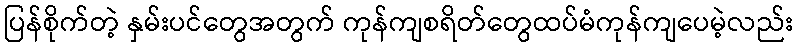
ပြန်စိုက်တဲ့ နှမ်းပင်တွေအတွက် ကုန်ကျစရိတ်တွေထပ်မံကုန်ကျပေမဲ့လည်း